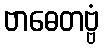
ဗာဓေတဗ္ဗံ